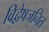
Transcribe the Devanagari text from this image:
विद्वेषजनित